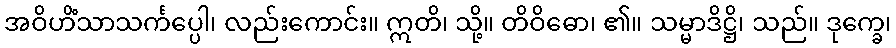
အဝိဟိံသာသင်္ကပ္ပေါ၊ လည်းကောင်း။ ဣတိ၊ သို့။ တိဝိဓော၊ ၏။ သမ္မာဒိဋ္ဌိ၊ သည်။ ဒုက္ခေ၊